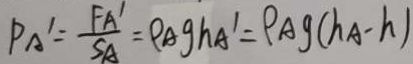
P _ { A ^ { \prime } } = \frac { F _ { A ^ { \prime } } } { S _ { A } } = \rho _ { A } g h A ^ { \prime } = \rho A g ( h A - h )